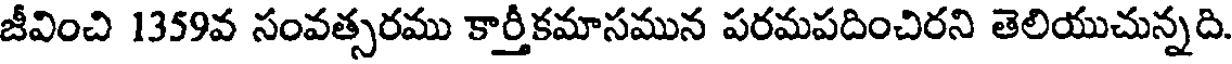
జీవించి 1359వ సంవత్సరము కార్తీకమాసమున పరమపదించిరని తెలియుచున్నది